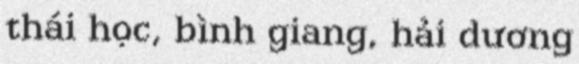
thái học, bình giang, hải dương